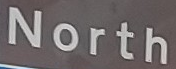
North